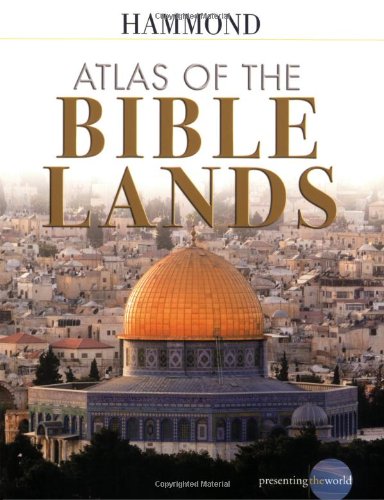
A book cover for Atlas of the Bible Lands; Christian Books & Bibles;